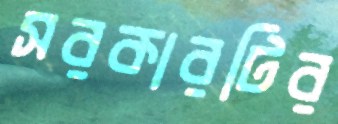
সরকারটির